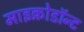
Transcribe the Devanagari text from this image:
माइक्रोडॉन्ट